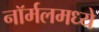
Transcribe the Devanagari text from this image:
नॉर्मलमध्ये